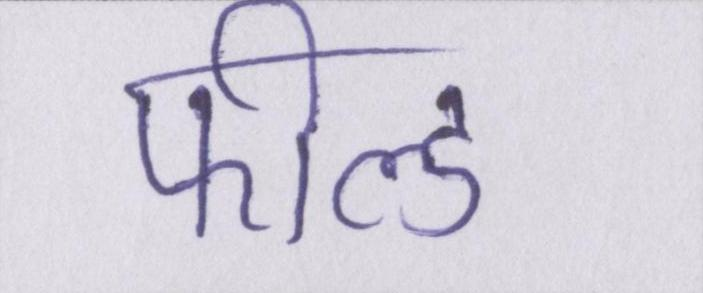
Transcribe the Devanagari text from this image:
फील्ड